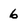
Character: 6